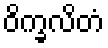
ဝိက္ခလိတံ